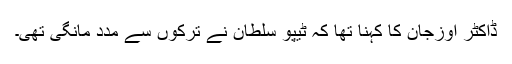
ڈاکٹر اوزجان کا کہنا تھا کہ ٹیپو سلطان نے ترکوں سے مدد مانگی تھی۔